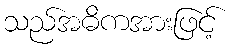
သည်အဓိကအားဖြင့်